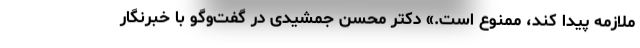
ملازمه پیدا کند، ممنوع است.» دکتر محسن جمشیدی در گفت‌وگو با خبرنگار